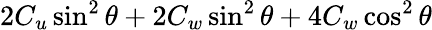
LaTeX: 2C_{u}\sin^{2}{\theta}+2C_{w}\sin^{2}{\theta}+4C_{w}\cos^{2}{\theta}